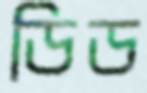
ডিড